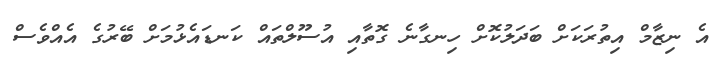
އެ ނިޒާމް އިތުރަކަށް ބަދަލުކޮށް ހިނގާނެ ގޮތާއި އުސޫލްތައް ކަނޑައެޅުމަށް ބޭރުގެ އެއްވެސް